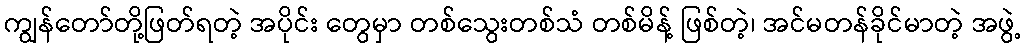
ကျွန်တော်တို့ဖြတ်ရတဲ့ အပိုင်း တွေမှာ တစ်သွေးတစ်သံ တစ်မိန့် ဖြစ်တဲ့၊ အင်မတန်ခိုင်မာတဲ့ အဖွဲ့